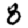
Digit: 8